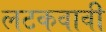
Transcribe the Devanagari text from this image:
लटकवावी